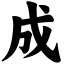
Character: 成